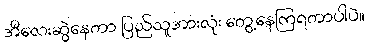
အီလေးဆွဲနေတာ ပြည်သူအားလုံး တွေ့နေကြရတာပါပဲ။